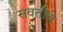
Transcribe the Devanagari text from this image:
सवतीचे